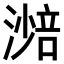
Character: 𣾾